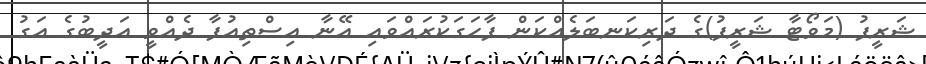
ޝަރީފު (މަވޯޓާ ޝަރީފު)ގެ ދަރިކަނބަލެއްކަން ފާހަގަކުރައްވައި އޭނާ އިސްތިއުފާ ދެއްވީ އަދީބުގެ އަގު